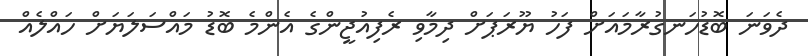
ދެވަނަ ބޮޑުހަނގުރާމައަށް ފަހު ޔޫރަޕަށް ދިމާވި ރެފިއުޖީންގެ އެންމެ ބޮޑު މައްސަލަޔަށް ހައްލެއް